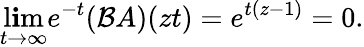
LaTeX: \operatorname*{l\mathbf{i}m}_{t\rightarrow\infty}e^{-t}(\mathcal{{B}}A)(zt)=e^{t(z-1)}=0.